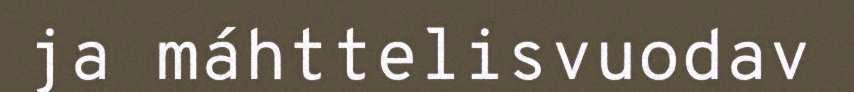
ja máhttelisvuodav